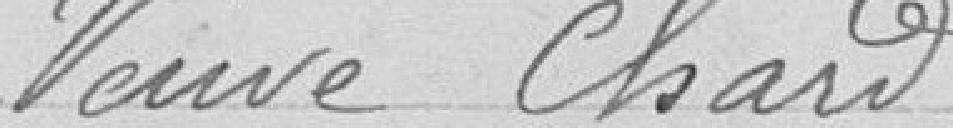
Veuve Chard